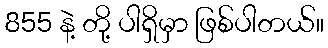
855 နဲ့ တို့ ပါရှိမှာ ဖြစ်ပါတယ်။